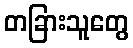
တခြားသူတွေ